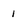
Character: 1